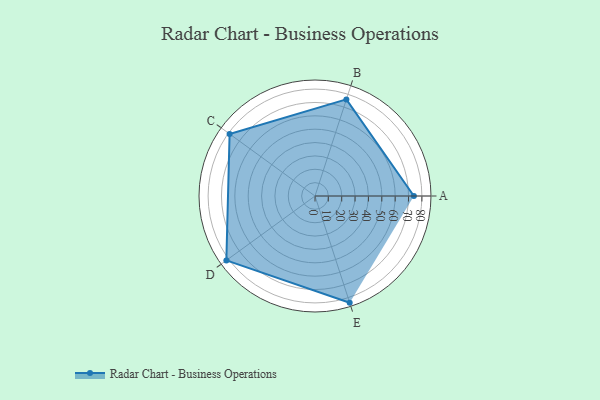
{"axis": {"x": "Skill", "y": "Score"}, "legend": ["Profile"], "data": [{"x": "A", "y": 74.0, "type": "Profile"}, {"x": "B", "y": 76.0, "type": "Profile"}, {"x": "C", "y": 79.0, "type": "Profile"}, {"x": "D", "y": 82.0, "type": "Profile"}, {"x": "E", "y": 84.0, "type": "Profile"}]}